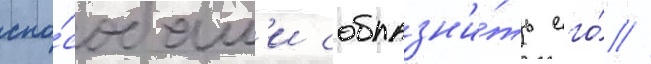
спо́собам'и соблазн'и́ть его́ //